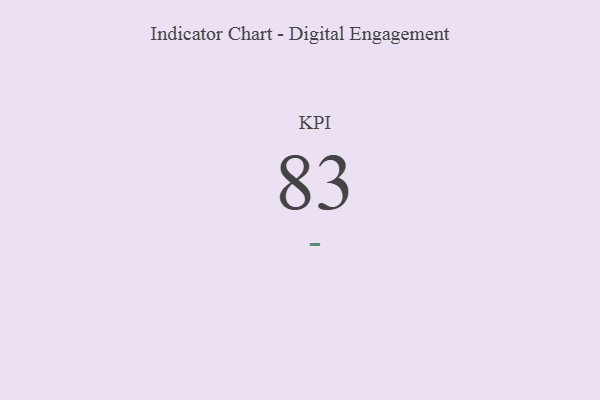
{"axis": {"x": "KPI", "y": "Value"}, "legend": [""], "data": [{"x": "KPI", "y": 83, "type": ""}]}